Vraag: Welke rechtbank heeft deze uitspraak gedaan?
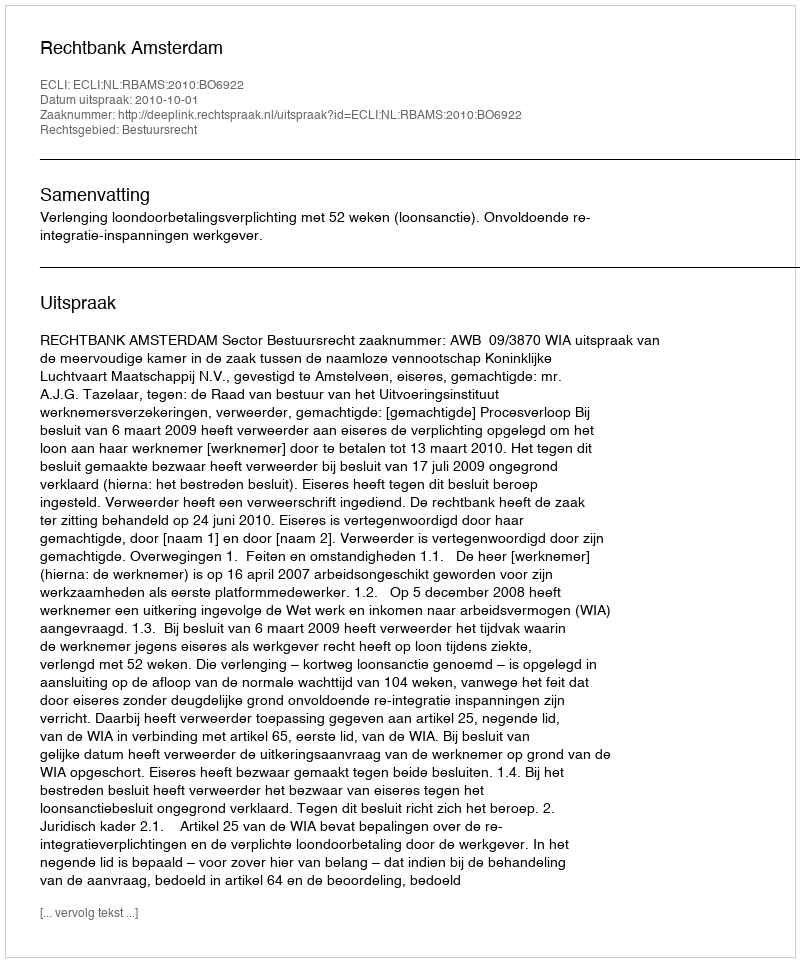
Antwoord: Rechtbank Amsterdam